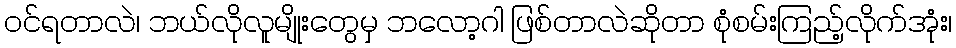
ဝင်ရတာလဲ၊ ဘယ်လိုလူမျိုးတွေမှ ဘလော့ဂါ ဖြစ်တာလဲဆိုတာ စုံစမ်းကြည့်လိုက်အုံး၊